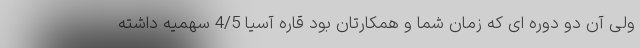
ولی آن دو دوره ای که زمان شما و همکارتان بود قاره آسیا 4/5 سهمیه داشته